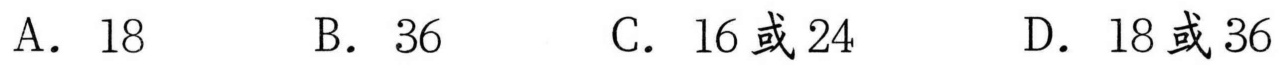
A．18
B．36
C．16或24
D．18或36